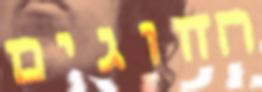
החוגים